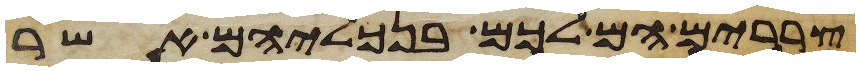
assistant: צררים הם לכם בנכליהם אשר